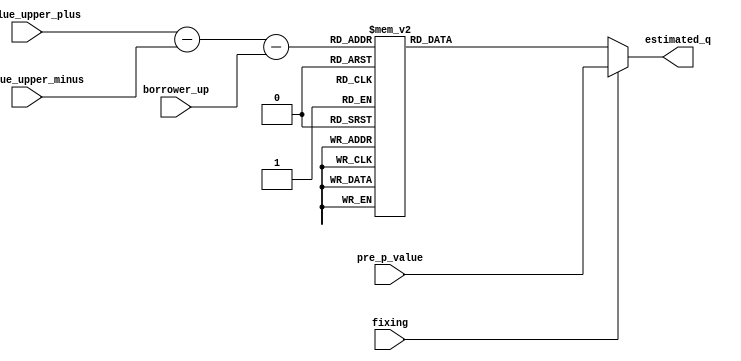
module V_block(v_value_upper_plus,v_value_upper_minus,estimated_q,borrower_up,fixing,pre_p_value);

input[3:0] v_value_upper_plus,v_value_upper_minus;
output[1:0] estimated_q;
reg[1:0] estimated_q;
wire[3:0] v_upper_value;
wire[3:0] v_sample;
input borrower_up;

input fixing;
input[1:0] pre_p_value;

assign v_upper_value=v_value_upper_plus-v_value_upper_minus-borrower_up;
assign v_sample=v_upper_value;

initial begin 
	estimated_q<=2'b00;
end


always @(*) begin
	if(fixing ==1'b0) begin
		case(v_sample)
			4'b0111: estimated_q<=2'b10;
			4'b0110: estimated_q<=2'b10;
			4'b0101: estimated_q<=2'b10;
			4'b0100: estimated_q<=2'b10;
			4'b0011: estimated_q<=2'b10;
			4'b0010: estimated_q<=2'b10;
			4'b0001: estimated_q<=2'b10;
			4'b0000: estimated_q<=2'b00;
			4'b1111: estimated_q<=2'b00;
			4'b1110: estimated_q<=2'b01;
			4'b1101: estimated_q<=2'b01;
			4'b1100: estimated_q<=2'b01;
			4'b1011: estimated_q<=2'b01;
			4'b1010: estimated_q<=2'b01;
			4'b1001: estimated_q<=2'b01;
			4'b1000: estimated_q<=2'b01;
		endcase
	end
	else begin
		estimated_q<=pre_p_value;
	end
end


endmodule